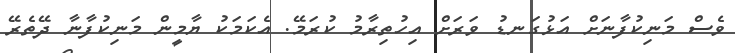
ވެސް މަނިކުފާނަށް އަޅުގަނޑު ވަރަށް އިހުތިރާމު ކުރަމޭ. އެކަމަކު ޔާމީން މަނިކުފާނާ ދޭތެރޭ